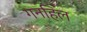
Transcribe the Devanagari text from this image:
गनहिल